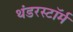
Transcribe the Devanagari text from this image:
थंडरस्टॉर्म